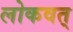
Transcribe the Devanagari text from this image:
लोकवत्